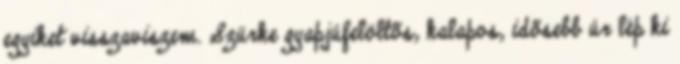
egyiket visszaviszem. Szürke gyapjúfelöltõs, kalapos, idõsebb úr lép ki